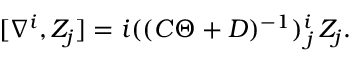
[ \nabla ^ { i } , Z _ { j } ] = i ( ( { \cal C } \Theta + { \cal D } ) ^ { - 1 } ) _ { \, j } ^ { i } \, Z _ { j } .